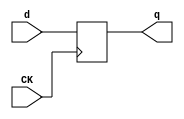
//# 18 inputs
//# 1 outputs
//# 16 D-type flipflops
//# 78 inverters
//# 140 gates (49 ANDs + 29 NANDs + 28 ORs + 34 NORs)

module dff(CK,q,d);
input CK,d;
output reg q;
always @ (posedge CK)
q<=d;
endmodule

module s420(GND,VDD,CK,C_0,C_1,C_10,C_11,C_12,C_13,C_14,C_15,C_16,C_2,C_3,C_4,
  C_5,C_6,C_7,C_8,C_9,P_0,Z);
input GND,VDD,CK,P_0,C_16,C_15,C_14,C_13,C_12,C_11,C_10,C_9,C_8,C_7,C_6,C_5,
  C_4,C_3,C_2,C_1,C_0;
output Z;

  wire X_4,I12,X_3,I13,X_2,I14,X_1,I15,X_8,I110,X_7,I111,X_6,I112,X_5,I113,
    X_12,I208,X_11,I209,X_10,I210,X_9,I211,X_16,I306,X_15,I307,X_14,I308,X_13,
    I309,I73_1,I69,I73_2,I7_1,I66,I7_2,I88_1,I88_2,I48,I49,I50,I68,I171_1,I167,
    I171_2,I105_1,I164,I105_2,I186_1,I186_2,I1_2,I146,I147,I148,I166,I269_1,
    I265,I269_2,I203_1,I262,I203_2,I284_1,I284_2,I1_3,I244,I245,I246,I264,
    I301_1,I359,I301_2,I378_1,I378_2,I1_4,I344,I345,I357,I358,I360,I410,I411,
    I412,I413,I414,I423,I422,I438,I439,I440,I441,I442,I451,I450,I466,I467,I468,
    I469,I470,I479,I478,I494,I495,I496,I497,I498,I506,I505,I546,P_2,I547,P_3,
    I550,I551,I570,P_6,I571,P_7,I574,I575,I594,P_10,I595,P_11,I598,I599,I618,
    P_14,I619,P_15,I622,I623,I73_3,I73_4,I7_3,I7_4,I88_3,I88_4,I171_3,I171_4,
    I105_3,I105_4,I186_3,I186_4,I269_3,I269_4,I203_3,I203_4,I284_3,I284_4,
    I301_3,I301_4,I378_3,I378_4,I387_1,I2_1,I2_2,I2_3,I408_2,I407_1,I407_2,
    I408_3,I407_3,P_5,I403_2,I404_2,I405_2,P_8,I406_2,P_9,I403_3,I404_3,I405_3,
    P_12,I406_3,P_13,I403_4,I404_4,I405_4,P_16,I406_4,I559_1,P_1,I559_2,I583_1,
    I583_2,P_4,I607_1,I607_2,I631_1,I631_2,I534_5,I70_1,I95_1,I64,I168_1,
    I193_1,I162,I266_1,I291_1,I260,I363_1,I361,I366_1,I384_1,I555_1,I555_2,
    I579_1,I579_2,I603_1,I603_2,I627_1,I627_2,I534_2,I533_1,I533_2,I534_3,
    I533_3,I534_4,I533_4,I62,I160,I258,I355,I420,I448,I476,I503,I554,I578,I602,
    I626;

  dff DFF_0(CK,X_4,I12);
  dff DFF_1(CK,X_3,I13);
  dff DFF_2(CK,X_2,I14);
  dff DFF_3(CK,X_1,I15);
  dff DFF_4(CK,X_8,I110);
  dff DFF_5(CK,X_7,I111);
  dff DFF_6(CK,X_6,I112);
  dff DFF_7(CK,X_5,I113);
  dff DFF_8(CK,X_12,I208);
  dff DFF_9(CK,X_11,I209);
  dff DFF_10(CK,X_10,I210);
  dff DFF_11(CK,X_9,I211);
  dff DFF_12(CK,X_16,I306);
  dff DFF_13(CK,X_15,I307);
  dff DFF_14(CK,X_14,I308);
  dff DFF_15(CK,X_13,I309);
  not NOT_0(I73_1,I69);
  not NOT_1(I73_2,X_3);
  not NOT_2(I7_1,I66);
  not NOT_3(I7_2,X_2);
  not NOT_4(I88_1,X_1);
  not NOT_5(I88_2,P_0);
  not NOT_6(I48,P_0);
  not NOT_7(I49,X_4);
  not NOT_8(I50,X_3);
  not NOT_9(I68,I69);
  not NOT_10(I171_1,I167);
  not NOT_11(I171_2,X_7);
  not NOT_12(I105_1,I164);
  not NOT_13(I105_2,X_6);
  not NOT_14(I186_1,X_5);
  not NOT_15(I186_2,I1_2);
  not NOT_16(I146,I1_2);
  not NOT_17(I147,X_8);
  not NOT_18(I148,X_7);
  not NOT_19(I166,I167);
  not NOT_20(I269_1,I265);
  not NOT_21(I269_2,X_11);
  not NOT_22(I203_1,I262);
  not NOT_23(I203_2,X_10);
  not NOT_24(I284_1,X_9);
  not NOT_25(I284_2,I1_3);
  not NOT_26(I244,I1_3);
  not NOT_27(I245,X_12);
  not NOT_28(I246,X_11);
  not NOT_29(I264,I265);
  not NOT_30(I301_1,I359);
  not NOT_31(I301_2,X_14);
  not NOT_32(I378_1,X_13);
  not NOT_33(I378_2,I1_4);
  not NOT_34(I344,X_15);
  not NOT_35(I345,X_14);
  not NOT_36(I357,I358);
  not NOT_37(I360,I359);
  not NOT_38(I410,P_0);
  not NOT_39(I411,X_1);
  not NOT_40(I412,X_2);
  not NOT_41(I413,X_3);
  not NOT_42(I414,X_4);
  not NOT_43(I423,I422);
  not NOT_44(I438,P_0);
  not NOT_45(I439,X_5);
  not NOT_46(I440,X_6);
  not NOT_47(I441,X_7);
  not NOT_48(I442,X_8);
  not NOT_49(I451,I450);
  not NOT_50(I466,P_0);
  not NOT_51(I467,X_9);
  not NOT_52(I468,X_10);
  not NOT_53(I469,X_11);
  not NOT_54(I470,X_12);
  not NOT_55(I479,I478);
  not NOT_56(I494,P_0);
  not NOT_57(I495,X_13);
  not NOT_58(I496,X_14);
  not NOT_59(I497,X_15);
  not NOT_60(I498,X_16);
  not NOT_61(I506,I505);
  not NOT_62(I546,P_2);
  not NOT_63(I547,P_3);
  not NOT_64(I550,C_2);
  not NOT_65(I551,C_3);
  not NOT_66(I570,P_6);
  not NOT_67(I571,P_7);
  not NOT_68(I574,C_6);
  not NOT_69(I575,C_7);
  not NOT_70(I594,P_10);
  not NOT_71(I595,P_11);
  not NOT_72(I598,C_10);
  not NOT_73(I599,C_11);
  not NOT_74(I618,P_14);
  not NOT_75(I619,P_15);
  not NOT_76(I622,C_14);
  not NOT_77(I623,C_15);
  and AND2_0(I73_3,I69,I73_2);
  and AND2_1(I73_4,X_3,I73_1);
  and AND2_2(I7_3,I66,I7_2);
  and AND2_3(I7_4,X_2,I7_1);
  and AND2_4(I88_3,X_1,I88_2);
  and AND2_5(I88_4,P_0,I88_1);
  and AND2_6(I171_3,I167,I171_2);
  and AND2_7(I171_4,X_7,I171_1);
  and AND2_8(I105_3,I164,I105_2);
  and AND2_9(I105_4,X_6,I105_1);
  and AND2_10(I186_3,X_5,I186_2);
  and AND2_11(I186_4,I1_2,I186_1);
  and AND2_12(I269_3,I265,I269_2);
  and AND2_13(I269_4,X_11,I269_1);
  and AND2_14(I203_3,I262,I203_2);
  and AND2_15(I203_4,X_10,I203_1);
  and AND2_16(I284_3,X_9,I284_2);
  and AND2_17(I284_4,I1_3,I284_1);
  and AND2_18(I301_3,I359,I301_2);
  and AND2_19(I301_4,X_14,I301_1);
  and AND2_20(I378_3,X_13,I378_2);
  and AND2_21(I378_4,I1_4,I378_1);
  and AND2_22(I387_1,I360,X_14);
  and AND2_23(I1_2,I2_1,P_0);
  and AND2_24(I1_3,I2_2,I1_2);
  and AND2_25(I1_4,I2_3,I1_3);
  and AND2_26(I408_2,I407_1,I407_2);
  and AND2_27(I408_3,I408_2,I407_3);
  and AND2_28(P_5,I407_1,I403_2);
  and AND2_29(P_6,I407_1,I404_2);
  and AND2_30(P_7,I407_1,I405_2);
  and AND2_31(P_8,I407_1,I406_2);
  and AND2_32(P_9,I408_2,I403_3);
  and AND2_33(P_10,I408_2,I404_3);
  and AND2_34(P_11,I408_2,I405_3);
  and AND2_35(P_12,I408_2,I406_3);
  and AND2_36(P_13,I408_3,I403_4);
  and AND2_37(P_14,I408_3,I404_4);
  and AND2_38(P_15,I408_3,I405_4);
  and AND2_39(P_16,I408_3,I406_4);
  and AND2_40(I559_1,P_1,C_1);
  and AND2_41(I559_2,P_0,C_0);
  and AND2_42(I583_1,P_5,C_5);
  and AND2_43(I583_2,P_4,C_4);
  and AND2_44(I607_1,P_9,C_9);
  and AND2_45(I607_2,P_8,C_8);
  and AND2_46(I631_1,P_13,C_13);
  and AND2_47(I631_2,P_12,C_12);
  and AND2_48(I534_5,P_16,C_16);
  or OR3_0(I70_1,I68,X_4,I50);
  or OR2_0(I13,I73_3,I73_4);
  or OR2_1(I15,I88_3,I88_4);
  or OR3_1(I95_1,I64,I50,I48);
  or OR3_2(I168_1,I166,X_8,I148);
  or OR2_2(I111,I171_3,I171_4);
  or OR2_3(I113,I186_3,I186_4);
  or OR3_3(I193_1,I162,I148,I146);
  or OR3_4(I266_1,I264,X_12,I246);
  or OR2_4(I209,I269_3,I269_4);
  or OR2_5(I211,I284_3,I284_4);
  or OR3_5(I291_1,I260,I246,I244);
  or OR3_6(I363_1,I361,X_16,I344);
  or OR2_6(I366_1,I361,X_15);
  or OR2_7(I309,I378_3,I378_4);
  or OR3_7(I384_1,I359,I345,I344);
  or OR2_8(I555_1,I547,I551);
  or OR2_9(I555_2,I546,I550);
  or OR2_10(I579_1,I571,I575);
  or OR2_11(I579_2,I570,I574);
  or OR2_12(I603_1,I595,I599);
  or OR2_13(I603_2,I594,I598);
  or OR2_14(I627_1,I619,I623);
  or OR2_15(I627_2,I618,I622);
  or OR2_16(I534_2,I533_1,I533_2);
  or OR2_17(I534_3,I534_2,I533_3);
  or OR2_18(I534_4,I534_3,I533_4);
  or OR2_19(Z,I534_4,I534_5);
  nand NAND2_0(I12,I70_1,I62);
  nand NAND2_1(I62,I95_1,X_4);
  nand NAND2_2(I64,X_1,X_2);
  nand NAND2_3(I66,X_1,P_0);
  nand NAND2_4(I110,I168_1,I160);
  nand NAND2_5(I160,I193_1,X_8);
  nand NAND2_6(I162,X_5,X_6);
  nand NAND2_7(I164,X_5,I1_2);
  nand NAND2_8(I208,I266_1,I258);
  nand NAND2_9(I258,I291_1,X_12);
  nand NAND2_10(I260,X_9,X_10);
  nand NAND2_11(I262,X_9,I1_3);
  nand NAND2_12(I306,I363_1,I355);
  nand NAND2_13(I307,I366_1,I357);
  nand NAND2_14(I355,I384_1,X_16);
  nand NAND2_15(I359,X_13,I1_4);
  nand NAND2_16(I361,I360,X_14);
  nand NAND2_17(I420,I423,I412);
  nand NAND2_18(I422,I411,P_0);
  nand NAND2_19(I448,I451,I440);
  nand NAND2_20(I450,I439,P_0);
  nand NAND2_21(I476,I479,I468);
  nand NAND2_22(I478,I467,P_0);
  nand NAND2_23(I503,I506,I496);
  nand NAND2_24(I505,I495,P_0);
  nand NAND3_0(I533_1,I555_1,I555_2,I554);
  nand NAND3_1(I533_2,I579_1,I579_2,I578);
  nand NAND3_2(I533_3,I603_1,I603_2,I602);
  nand NAND3_3(I533_4,I627_1,I627_2,I626);
  nor NOR2_0(I14,I7_3,I7_4);
  nor NOR3_0(I2_1,I64,I49,I50);
  nor NOR2_1(I69,I64,I48);
  nor NOR2_2(I112,I105_3,I105_4);
  nor NOR3_1(I2_2,I162,I147,I148);
  nor NOR2_3(I167,I162,I146);
  nor NOR2_4(I210,I203_3,I203_4);
  nor NOR3_2(I2_3,I260,I245,I246);
  nor NOR2_5(I265,I260,I244);
  nor NOR2_6(I308,I301_3,I301_4);
  nor NOR2_7(I358,I344,I387_1);
  nor NOR2_8(P_1,I410,I411);
  nor NOR2_9(P_2,I412,I422);
  nor NOR2_10(P_3,I413,I420);
  nor NOR3_3(P_4,X_3,I420,I414);
  nor NOR4_0(I407_1,X_4,X_2,X_3,X_1);
  nor NOR2_11(I403_2,I438,I439);
  nor NOR2_12(I404_2,I440,I450);
  nor NOR2_13(I405_2,I441,I448);
  nor NOR3_4(I406_2,X_7,I448,I442);
  nor NOR4_1(I407_2,X_8,X_6,X_7,X_5);
  nor NOR2_14(I403_3,I466,I467);
  nor NOR2_15(I404_3,I468,I478);
  nor NOR2_16(I405_3,I469,I476);
  nor NOR3_5(I406_3,X_11,I476,I470);
  nor NOR4_2(I407_3,X_12,X_10,X_11,X_9);
  nor NOR2_17(I403_4,I494,I495);
  nor NOR2_18(I404_4,I496,I505);
  nor NOR2_19(I405_4,I497,I503);
  nor NOR3_6(I406_4,X_15,I503,I498);
  nor NOR2_20(I554,I559_1,I559_2);
  nor NOR2_21(I578,I583_1,I583_2);
  nor NOR2_22(I602,I607_1,I607_2);
  nor NOR2_23(I626,I631_1,I631_2);

endmodule